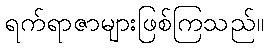
ရက်ရာဇာများဖြစ်ကြသည်။